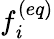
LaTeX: f_{\mathit{i}}^{(eq)}